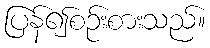
ပြန်၍စဉ်းစားသည်။